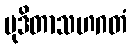
မုဒိတာသဟဂတံ